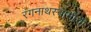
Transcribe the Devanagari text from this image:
रंगनाथस्वामींची